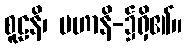
စူဠနိ၊ မဟာနိ-၌ရှိ၏။